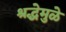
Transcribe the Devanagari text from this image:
श्रद्धेमुळे